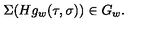
\Sigma ( H g _ { w } ( \tau , \sigma ) ) \in G _ { w } .